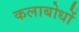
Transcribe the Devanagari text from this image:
कलाबोधों